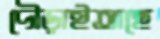
দৌড়াইতাছে